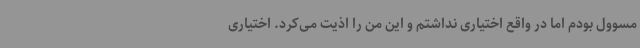
مسوول بودم اما در واقع اختیاری نداشتم و این من را اذیت می‌کرد. اختیاری